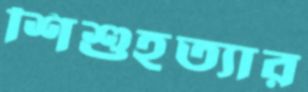
শিশুহত্যার